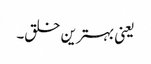
یعنی بہترین خلق۔